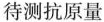
待测抗原量